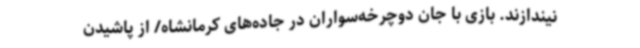
نیندازند. بازی با جان دوچرخه‌سواران در جاده‌های کرمانشاه/ از پاشیدن